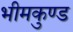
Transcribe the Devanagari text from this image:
भीमकुण्ड